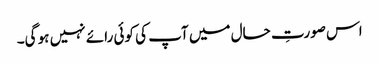
اس صورتِ حال میں آپ کی کوئی رائے نہیں ہو گی۔